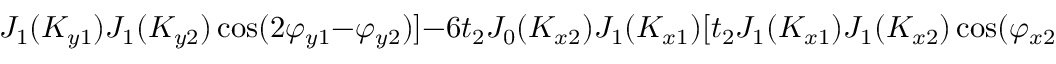
J _ { 1 } ( K _ { y 1 } ) J _ { 1 } ( K _ { y 2 } ) \cos ( 2 \varphi _ { y 1 } - \varphi _ { y 2 } ) ] - 6 t _ { 2 } J _ { 0 } ( K _ { x 2 } ) J _ { 1 } ( K _ { x 1 } ) [ t _ { 2 } J _ { 1 } ( K _ { x 1 } ) J _ { 1 } ( K _ { x 2 } ) \cos ( \varphi _ { x 2 } ) + J _ { 1 } ( K _ { y 1 } ) J _ { 1 } ( K _ { y 2 } )